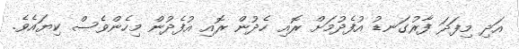
އަދި މިފަދަ ފާރުގަނޑު އުފެދުމަށް ރޮއި ހެދުން ރޮއި އުފެދުން މިހެންވެސް ކިޔައެވެ.